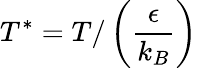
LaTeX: T^{*}=T/\left(\frac{\epsilon}{k_{B}}\right)